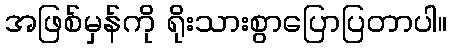
အဖြစ်မှန်ကို ရိုးသားစွာပြောပြတာပါ။